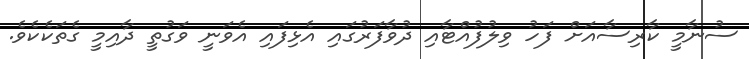
ސުނާމީ ކާރިސާއަށް ފަހު ވިލުފުއްޓާއި ދުވާފަރުގައި އެޅިފައި އެވަނީ ވަގުތީ ދާއިމީ ގެތަކެކެވެ.